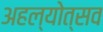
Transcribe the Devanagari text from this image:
अहल्योत्सव